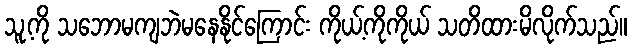
သူ့ကို သဘောမကျဘဲမနေနိုင်ကြောင်း ကိုယ့်ကိုကိုယ် သတိထားမိလိုက်သည်။